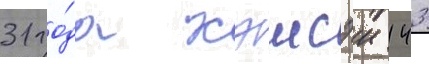
31 го́да хэисэи 143